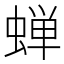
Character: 蝉